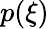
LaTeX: p(\xi)